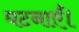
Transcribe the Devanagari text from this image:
घटनाएँ।